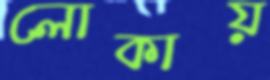
লোকায়